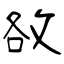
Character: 敋